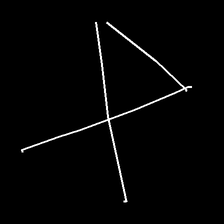
Glyph: collection